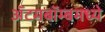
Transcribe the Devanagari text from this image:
अॅटमबॉम्बमध्ये